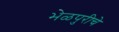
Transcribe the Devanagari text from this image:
भेळपुरीचे